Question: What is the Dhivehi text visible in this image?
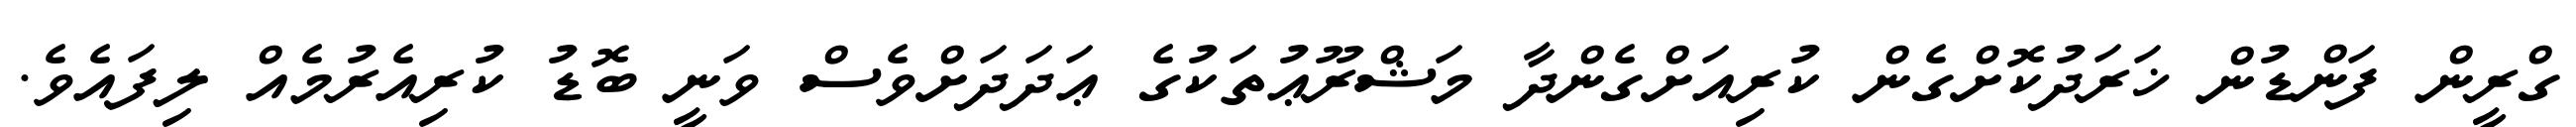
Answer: ގްރީން ފަންޑުން ޚަރަދުކޮށްގެން ކުރިއަށްގެންދާ މަޝްރޫޢުތަކުގެ ޢަދަދަށްވެސް ވަނީ ބޮޑު ކުރިއެރުމެއް ލިފައެވެ.